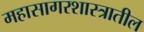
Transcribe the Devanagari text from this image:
महासागरशास्त्रातील